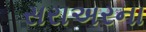
સરાઅરના